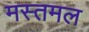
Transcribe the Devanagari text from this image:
मस्तमल